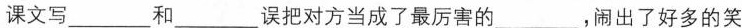
课文写___和___误把对方当成了最厉害的___，闹出了好多的笑